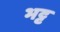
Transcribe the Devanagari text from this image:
भट्ट़